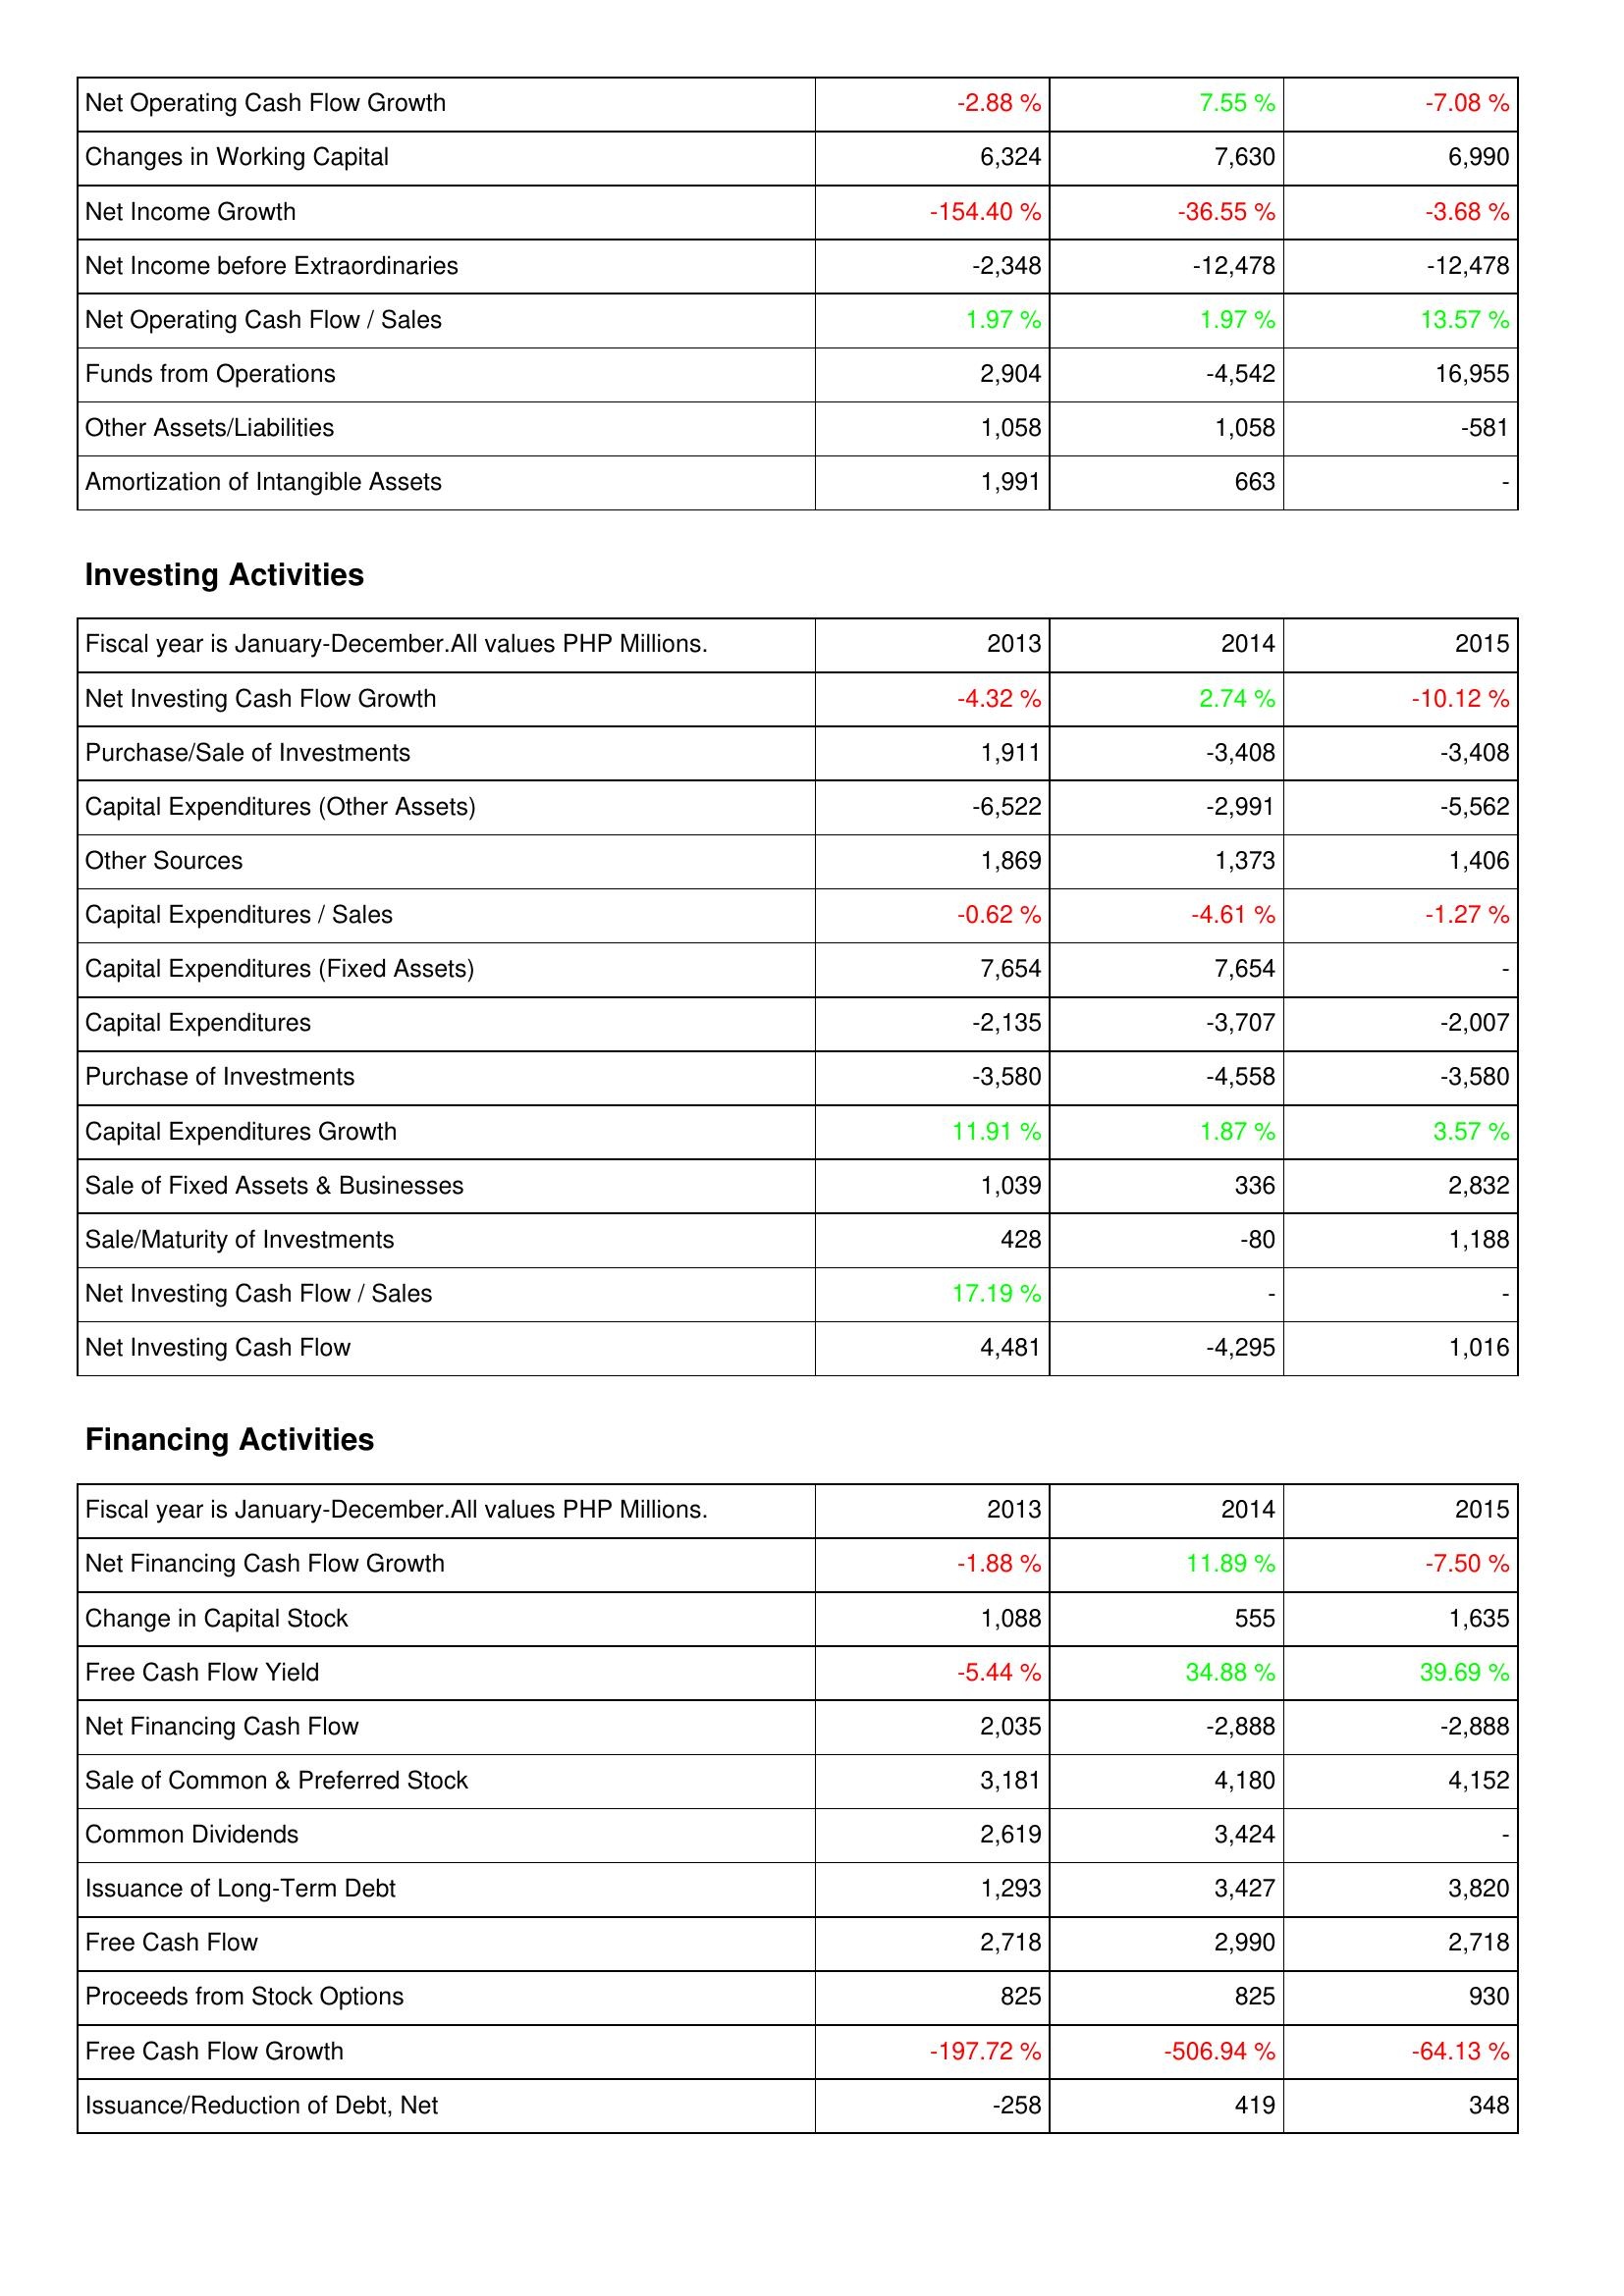
2013: Operating Activities: Net Operating Cash Flow Growth: -2.88 %
Changes in Working Capital: 6,324
Net Income Growth: -154.40 %
Net Income before Extraordinaries: -2,348
Net Operating Cash Flow / Sales: 1.97 %
Funds from Operations: 2,904
Other Assets/Liabilities: 1,058
Amortization of Intangible Assets: 1,991
Investing Activities: Net Investing Cash Flow Growth: -4.32 %
Purchase/Sale of Investments: 1,911
Capital Expenditures (Other Assets): -6,522
Other Sources: 1,869
Capital Expenditures / Sales: -0.62 %
Capital Expenditures (Fixed Assets): 7,654
Capital Expenditures: -2,135
Purchase of Investments: -3,580
Capital Expenditures Growth: 11.91 %
Sale of Fixed Assets & Businesses: 1,039
Sale/Maturity of Investments: 428
Net Investing Cash Flow / Sales: 17.19 %
Net Investing Cash Flow: 4,481
Financing Activities: Net Financing Cash Flow Growth: -1.88 %
Change in Capital Stock: 1,088
Free Cash Flow Yield: -5.44 %
Net Financing Cash Flow: 2,035
Sale of Common & Preferred Stock: 3,181
Common Dividends: 2,619
Issuance of Long-Term Debt: 1,293
Free Cash Flow: 2,718
Proceeds from Stock Options: 825
Free Cash Flow Growth: -197.72 %
Issuance/Reduction of Debt, Net: -258
2014: Operating Activities: Net Operating Cash Flow Growth: 7.55 %
Changes in Working Capital: 7,630
Net Income Growth: -36.55 %
Net Income before Extraordinaries: -12,478
Net Operating Cash Flow / Sales: 1.97 %
Funds from Operations: -4,542
Other Assets/Liabilities: 1,058
Amortization of Intangible Assets: 663
Investing Activities: Net Investing Cash Flow Growth: 2.74 %
Purchase/Sale of Investments: -3,408
Capital Expenditures (Other Assets): -2,991
Other Sources: 1,373
Capital Expenditures / Sales: -4.61 %
Capital Expenditures (Fixed Assets): 7,654
Capital Expenditures: -3,707
Purchase of Investments: -4,558
Capital Expenditures Growth: 1.87 %
Sale of Fixed Assets & Businesses: 336
Sale/Maturity of Investments: -80
Net Investing Cash Flow / Sales: -
Net Investing Cash Flow: -4,295
Financing Activities: Net Financing Cash Flow Growth: 11.89 %
Change in Capital Stock: 555
Free Cash Flow Yield: 34.88 %
Net Financing Cash Flow: -2,888
Sale of Common & Preferred Stock: 4,180
Common Dividends: 3,424
Issuance of Long-Term Debt: 3,427
Free Cash Flow: 2,990
Proceeds from Stock Options: 825
Free Cash Flow Growth: -506.94 %
Issuance/Reduction of Debt, Net: 419
2015: Operating Activities: Net Operating Cash Flow Growth: -7.08 %
Changes in Working Capital: 6,990
Net Income Growth: -3.68 %
Net Income before Extraordinaries: -12,478
Net Operating Cash Flow / Sales: 13.57 %
Funds from Operations: 16,955
Other Assets/Liabilities: -581
Amortization of Intangible Assets: -
Investing Activities: Net Investing Cash Flow Growth: -10.12 %
Purchase/Sale of Investments: -3,408
Capital Expenditures (Other Assets): -5,562
Other Sources: 1,406
Capital Expenditures / Sales: -1.27 %
Capital Expenditures (Fixed Assets): -
Capital Expenditures: -2,007
Purchase of Investments: -3,580
Capital Expenditures Growth: 3.57 %
Sale of Fixed Assets & Businesses: 2,832
Sale/Maturity of Investments: 1,188
Net Investing Cash Flow / Sales: -
Net Investing Cash Flow: 1,016
Financing Activities: Net Financing Cash Flow Growth: -7.50 %
Change in Capital Stock: 1,635
Free Cash Flow Yield: 39.69 %
Net Financing Cash Flow: -2,888
Sale of Common & Preferred Stock: 4,152
Common Dividends: -
Issuance of Long-Term Debt: 3,820
Free Cash Flow: 2,718
Proceeds from Stock Options: 930
Free Cash Flow Growth: -64.13 %
Issuance/Reduction of Debt, Net: 348